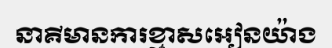
នាគីមានការខ្មាសអៀនយ៉ាង